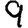
Digit: 9